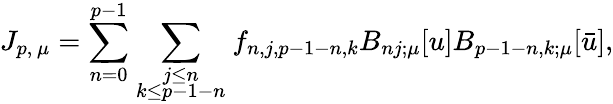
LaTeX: J_{p,\, \mu}=\sum_{n=0}^{p-1}\sum_{{\scriptstyle j\le n}\atop{\scriptstyle k\le p-1-n}}f_{n,j,p-1-n,k}B_{nj;\mu}[u]B_{p-1-n,k;\mu}[\bar{u}],